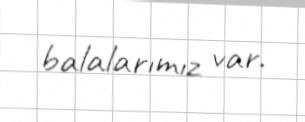
balalarımız var.